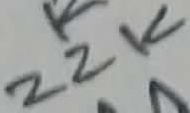
Text: 22K